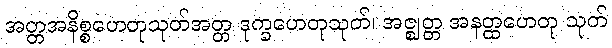
အတ္တအနိစ္စဟေတုသုတ်အတ္တ ဒုက္ခဟေတုသုတ်၊ အဇ္ဈတ္တ အနတ္ထဟေတု သုတ်